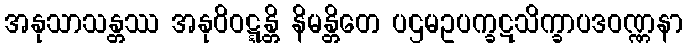
အနုသာသန္တဿ အနုဝိဝဋ္ဋန္တိ နိမန္တိတေ ပဌမဥပက္ခဋသိက္ခာပဒဝဏ္ဏနာ